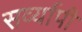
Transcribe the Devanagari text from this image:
सर्व्यापी